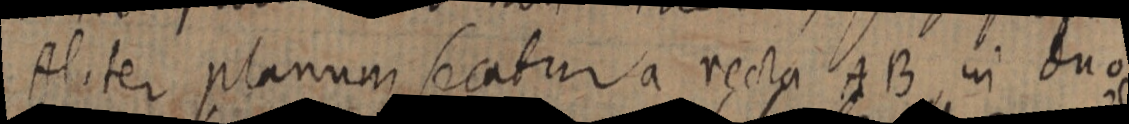
Aliter planum secatur a recta AB in duo